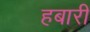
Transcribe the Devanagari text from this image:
हबारी